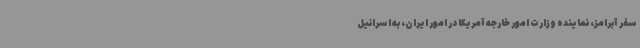
سفر آبرامز، نماینده وزارت امور خارجه آمریکا در امور ایران، به اسرائیل